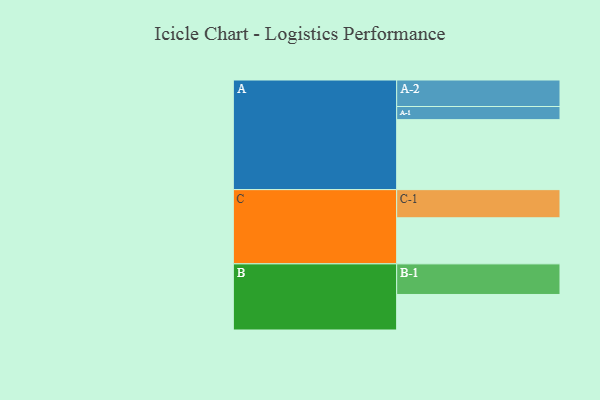
{"axis": {"x": "Segment", "y": "Value"}, "legend": ["", "A", "B", "C"], "data": [{"x": "A", "y": 597, "type": ""}, {"x": "B", "y": 303, "type": ""}, {"x": "C", "y": 393, "type": ""}, {"x": "A-1", "y": 112, "type": "A"}, {"x": "A-2", "y": 226, "type": "A"}, {"x": "B-1", "y": 261, "type": "B"}, {"x": "C-1", "y": 240, "type": "C"}]}